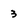
Character: 3